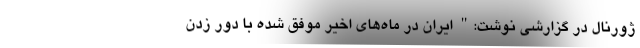
ژورنال در گزارشی نوشت:" ایران در ماه‌های اخیر موفق شده با دور زدن